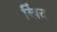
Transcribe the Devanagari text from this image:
खिंद